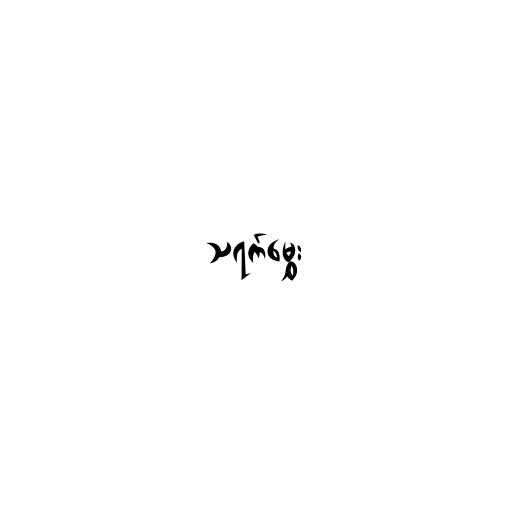
သရက်မွှေး